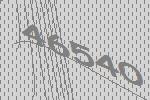
46540